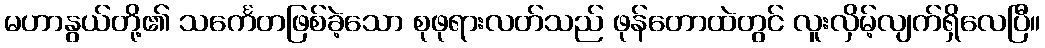
မဟာနွယ်တို့၏ သင်္ကေတဖြစ်ခဲ့သော စုဖုရားလတ်သည် ဖုန်တောထဲတွင် လူးလှိမ့်လျက်ရှိလေပြီ။